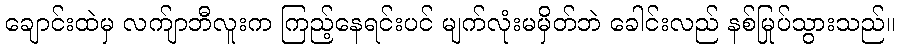
ချောင်းထဲမှ လက်ျာဘီလူးက ကြည့်နေရင်းပင် မျက်လုံးမမှိတ်ဘဲ ခေါင်းလည် နစ်မြုပ်သွားသည်။